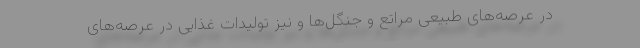
در عرصه‌های طبیعی مراتع و جنگل‌ها و نیز تولیدات غذایی در عرصه‌های